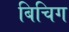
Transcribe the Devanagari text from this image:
बिचिग